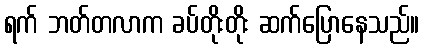
ရက် ဘတ်တလာက ခပ်တိုးတိုး ဆက်ပြောနေသည်။